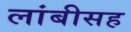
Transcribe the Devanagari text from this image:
लांबीसह